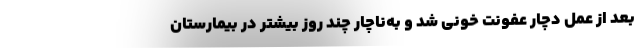
بعد از عمل دچار عفونت خونی شد و به‌ناچار چند روز بیشتر در بیمارستان